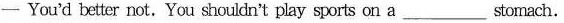
— You'd better not. You shouldn't play sports on a ___ stomach.